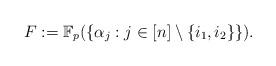
LaTeX: \begin{align*}F:=\mathbb{F}_p(\{\alpha_j:j\in [n]\setminus \{i_1,i_2\}\}).\end{align*}